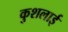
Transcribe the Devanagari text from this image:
कुशलाई